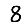
Digit: 8